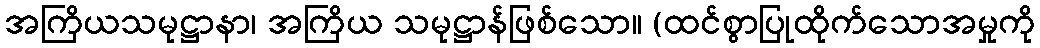
အကြိယသမုဋ္ဌာနာ၊ အကြိယ သမုဋ္ဌာန်ဖြစ်သော။ (ထင်စွာပြုထိုက်သောအမှုကို